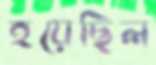
হয়েছিল